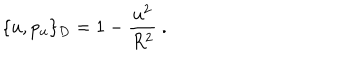
LaTeX: \{ u , p _ { u } \} _ { D } = 1 - \frac { u ^ { 2 } } { R ^ { 2 } } \ .